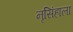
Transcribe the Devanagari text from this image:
नृसिंहाला